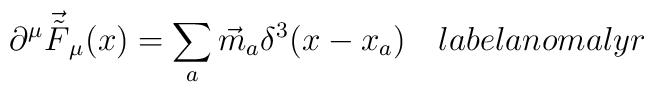
\partial^\mu \vec{\tilde F}_\mu (x)=\sum_a {\vec m}_a \delta^3(x-x_a) \ \ \ \ \\ \